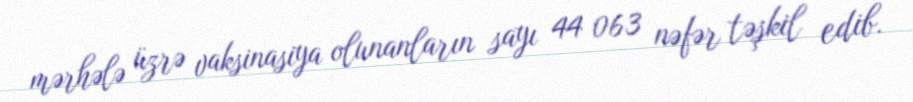
mərhələ üzrə vaksinasiya olunanların sayı 44 063 nəfər təşkil edib.